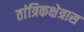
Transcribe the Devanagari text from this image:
तांत्रिकक्षेत्रास